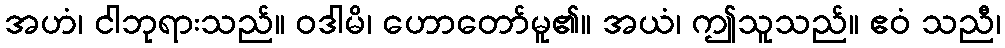
အဟံ၊ ငါဘုရားသည်။ ဝဒါမိ၊ ဟောတော်မူ၏။ အယံ၊ ဤသူသည်။ ဧဝံ သညီ၊